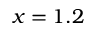
x = 1 . 2